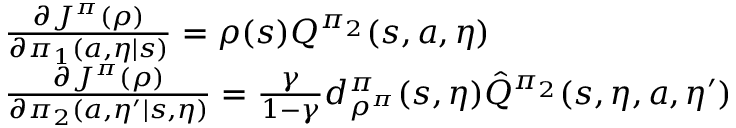
\begin{array} { r l } & { \frac { \partial J ^ { \pi } ( \rho ) } { \partial \pi _ { 1 } ( a , \eta | s ) } = \rho ( s ) Q ^ { \pi _ { 2 } } ( s , a , \eta ) } \\ & { \frac { \partial J ^ { \pi } ( \rho ) } { \partial \pi _ { 2 } ( a , \eta ^ { \prime } | s , \eta ) } = \frac { \gamma } { 1 - \gamma } d _ { \rho ^ { \pi } } ^ { \pi } ( s , \eta ) \hat { Q } ^ { \pi _ { 2 } } ( s , \eta , a , \eta ^ { \prime } ) } \end{array}